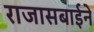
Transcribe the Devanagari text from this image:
राजासबाईने